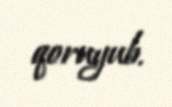
qoruyub.